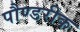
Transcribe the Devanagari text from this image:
पौण्डरीक